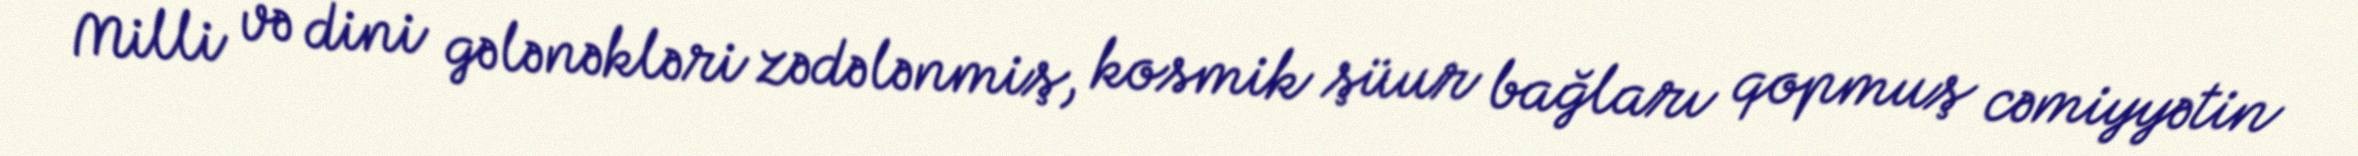
Milli və dini gələnəkləri zədələnmiş, kosmik şüur bağları qopmuş cəmiyyətin